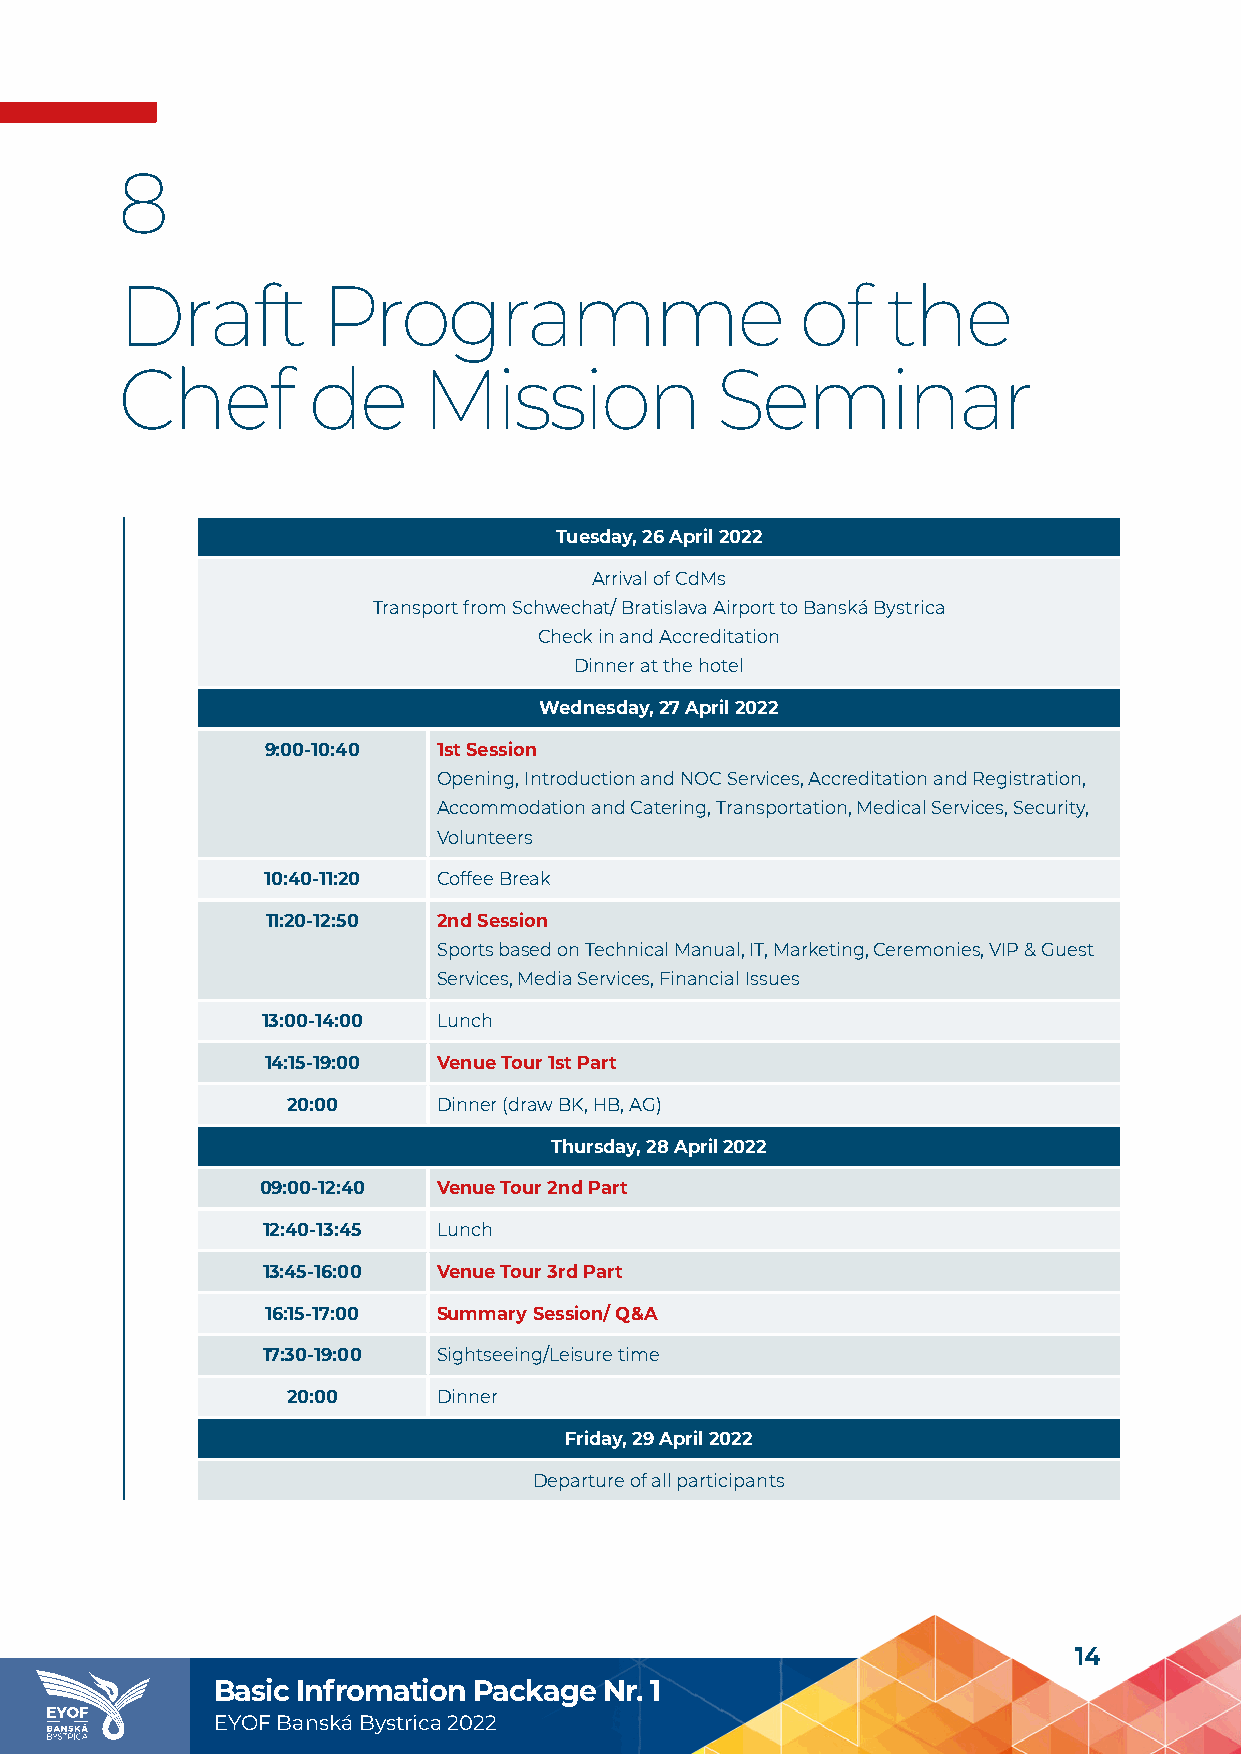
8
 Draft        Programme                       of    the
 Chef        de      Mission            Seminar
 Tuesday, 26 April 2022
 Arrival of CdMs
 Transport from Schwechat/ Bratislava Airport to Banská Bystrica
 Check in and Accreditation
 Dinner at the hotel
 Wednesday, 27 April 2022
 9:00-10:40 1st Session
 Opening, Introduction and NOC Services, Accreditation and Registration,
 Accommodation and Catering, Transportation, Medical Services, Security,
 Volunteers
 10:40-11:20 Coffee Break
 11:20-12:50 2nd Session
 Sports based on Technical Manual, IT, Marketing, Ceremonies, VIP & Guest
 Services, Media Services, Financial Issues
 13:00-14:00 Lunch
 14:15-19:00 Venue Tour 1st Part
 20:00     Dinner (draw BK, HB, AG)
 Thursday, 28 April 2022
 09:00-12:40 Venue Tour 2nd Part
 12:40-13:45 Lunch
 13:45-16:00 Venue Tour 3rd Part
 16:15-17:00 Summary Session/ Q&A
 17:30-19:00 Sightseeing/Leisure time
 20:00     Dinner
 Friday, 29 April 2022
 Departure of all participants
 14
 Basic Infromation Package Nr. 1
 EYOF Banská Bystrica 2022